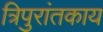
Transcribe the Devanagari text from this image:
त्रिपुरांतकाय